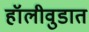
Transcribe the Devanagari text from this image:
हॉलीवुडात